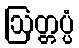
ဩတ္တပ္ပံ